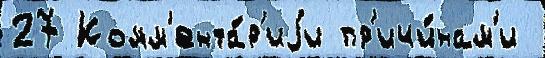
27 Комм'ента́р'иjи пр'ичи́нам'и